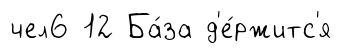
чел6 12 Ба́за д'е́ржитс'я